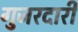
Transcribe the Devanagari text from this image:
गुजरदारी